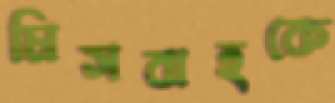
মিসবাহকে